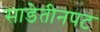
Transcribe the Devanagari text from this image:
साडेतीनपट